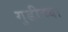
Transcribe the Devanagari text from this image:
गुडीच्या